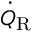
\dot { Q } _ { \mathrm { R } }